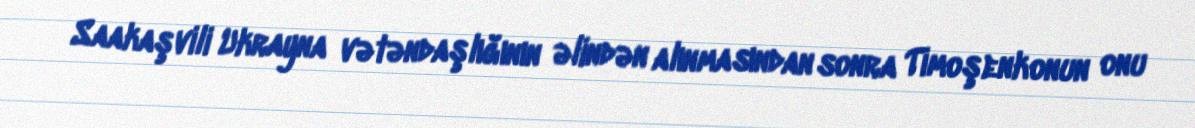
Saakaşvili Ukrayna vətəndaşlığının əlindən alınmasından sonra Timoşenkonun onu